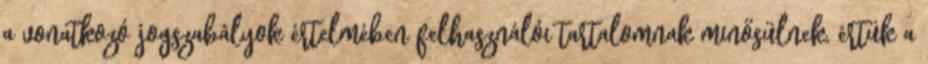
a vonatkozó jogszabályok értelmében felhasználói tartalomnak minősülnek, értük a